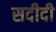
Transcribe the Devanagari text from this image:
सदीदी